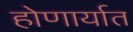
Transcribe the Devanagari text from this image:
होणार्यात